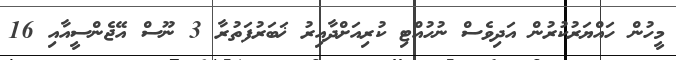
މީހުން ހައްޔަރުކުރުން އަދިވެސް ނުހުއްޓި ކުރިއަށްދާއިރު ޚަބަރުފަތުރާ 3 ނޫސް އޭޖެންސީއާއި 16